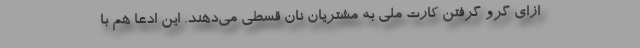
ازای گرو گرفتن کارت ملی به مشتریان نان قسطی می‌دهند. این ادعا هم با